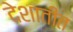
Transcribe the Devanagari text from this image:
देशातीत